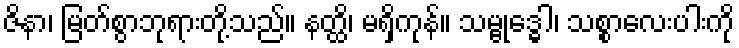
ဇိနာ၊ မြတ်စွာဘုရားတို့သည်။ နတ္ထိ၊ မရှိကုန်။ သမ္ဗုဒ္ဓေါ၊ သစ္စာလေးပါးကို